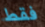
فقط